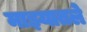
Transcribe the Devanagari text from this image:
माझ्यातले